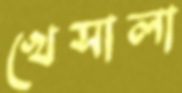
খেসালা